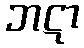
ဘဋာ